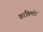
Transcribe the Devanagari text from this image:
करविणारे